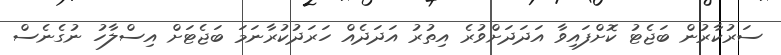
ސަރުކާރުން ބަޖެޓު ކޮށްފައިވާ އަދަދަށްވުރެ އިތުރު އަދަދެއް ހަރަދުކުރާނަމަ ބަޖެޓަށް އިސްލާހު ނުގެނެސް